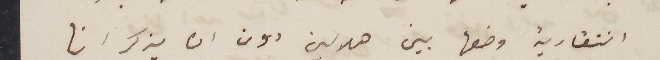
انتقادية وضعها بين هلالين دون ان يذكر انها